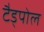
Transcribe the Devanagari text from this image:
टैड्पोल